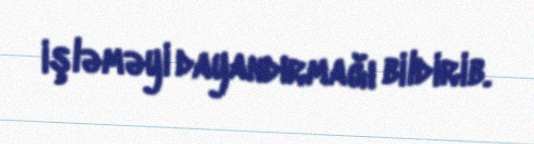
işləməyi dayandırmağı bildirib.